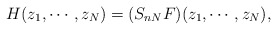
\begin{align*}H(z_1 , \cdots , z_N )=(S_{n N} F)(z_1,\cdots ,z_N),\end{align*}